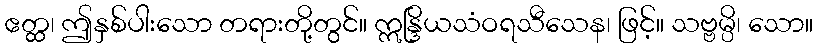
ဧတ္ထ၊ ဤနှစ်ပါးသော တရားတို့တွင်။ ဣန္ဒြိယသံဝရသီသေန၊ ဖြင့်။ သဗ္ဗမ္ပိ၊ သော။